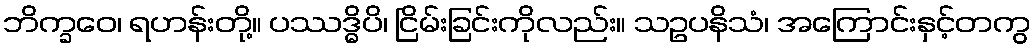
ဘိက္ခဝေ၊ ရဟန်းတို့။ ပဿဒ္ဓိပိ၊ ငြိမ်းခြင်းကိုလည်း။ သဥပနိသံ၊ အကြောင်းနှင့်တကွ